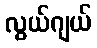
လွယ်ဂျယ်